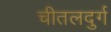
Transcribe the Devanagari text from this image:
चीतलदुर्ग